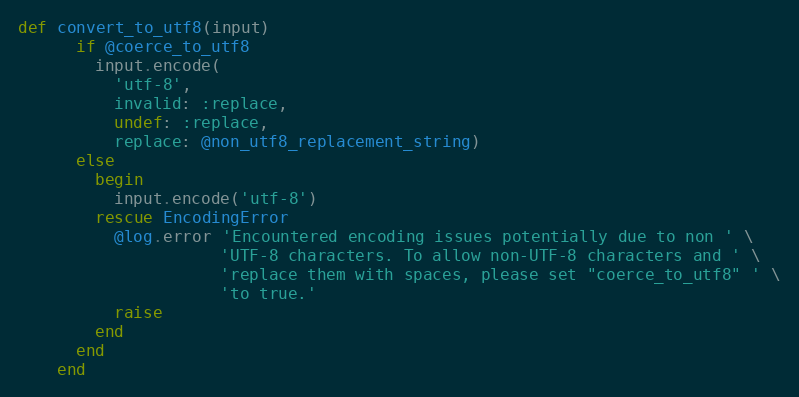
Language: Ruby
def convert_to_utf8(input)
      if @coerce_to_utf8
        input.encode(
          'utf-8',
          invalid: :replace,
          undef: :replace,
          replace: @non_utf8_replacement_string)
      else
        begin
          input.encode('utf-8')
        rescue EncodingError
          @log.error 'Encountered encoding issues potentially due to non ' \
                     'UTF-8 characters. To allow non-UTF-8 characters and ' \
                     'replace them with spaces, please set "coerce_to_utf8" ' \
                     'to true.'
          raise
        end
      end
    end